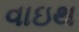
વાઇથ